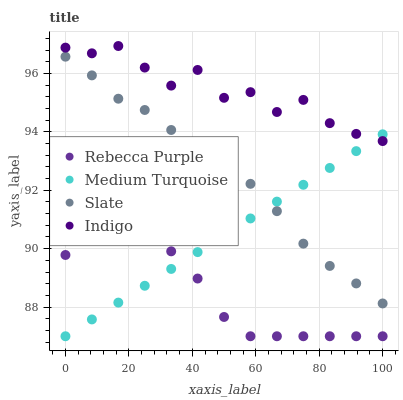
| xaxis_label | Rebecca Purple | Medium Turquoise | Slate | Indigo |
 | --- | --- | --- | --- | --- |
 | 0 | 89.8 | 87 | 96.6 | 96.9 |
 | 8.33 | 90.4 | 87.6 | 95.9 | 96.7 |
 | 16.7 | 90.6 | 88.2 | 95.1 | 96.9 |
 | 25 | 90.5 | 88.7 | 94.7 | 96.2 |
 | 33.3 | 89.9 | 89.3 | 94.1 | 95.6 |
 | 41.7 | 89 | 89.9 | 93.5 | 96.1 |
 | 50 | 87.7 | 90.5 | 92.2 | 95.2 |
 | 58.3 | 87 | 91 | 92.2 | 95.4 |
 | 66.7 | 87 | 91.6 | 91.3 | 94.7 |
 | 75 | 87 | 92.2 | 90.2 | 95.1 |
 | 83.3 | 87 | 92.8 | 89.4 | 94.3 |
 | 91.7 | 87 | 93.3 | 88.8 | 93.9 |
 | 100 | 87 | 93.9 | 88.1 | 93.7 |